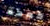
كعكة